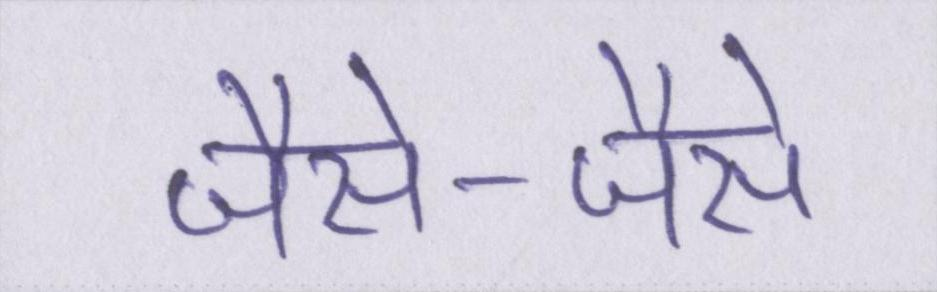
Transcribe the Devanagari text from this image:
जैसे-जैसे